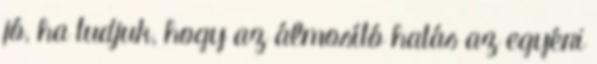
jó, ha tudjuk, hogy az álmosító hatás az egyéni